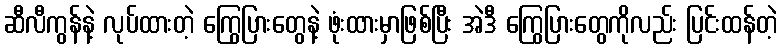
ဆီလီကွန်နဲ့ လုပ်ထားတဲ့ ကြွေပြားတွေနဲ့ ဖုံးထားမှာဖြစ်ပြီး အဲဒီ ကြွေပြားတွေကိုလည်း ပြင်းထန်တဲ့